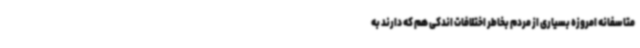
متاسفانه امروزه بسیاری از مردم بخاطر اختلافات اندکی هم که دارند به